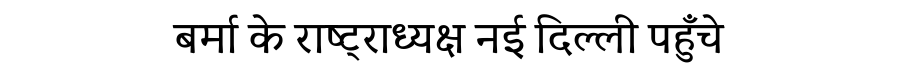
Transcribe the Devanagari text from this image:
बर्मा के राष्ट्राध्यक्ष नई दिल्ली पहुँचे